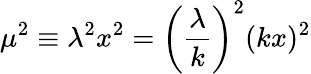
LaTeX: \mu^{2}\equiv\lambda^{2}x^{2}=\left(\frac{\lambda}{k}\right)^{2}(kx)^{2}